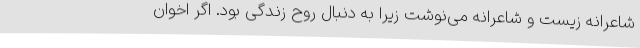
شاعرانه زیست و شاعرانه می‌نوشت زیرا به دنبال روح زندگی بود. اگر اخوان